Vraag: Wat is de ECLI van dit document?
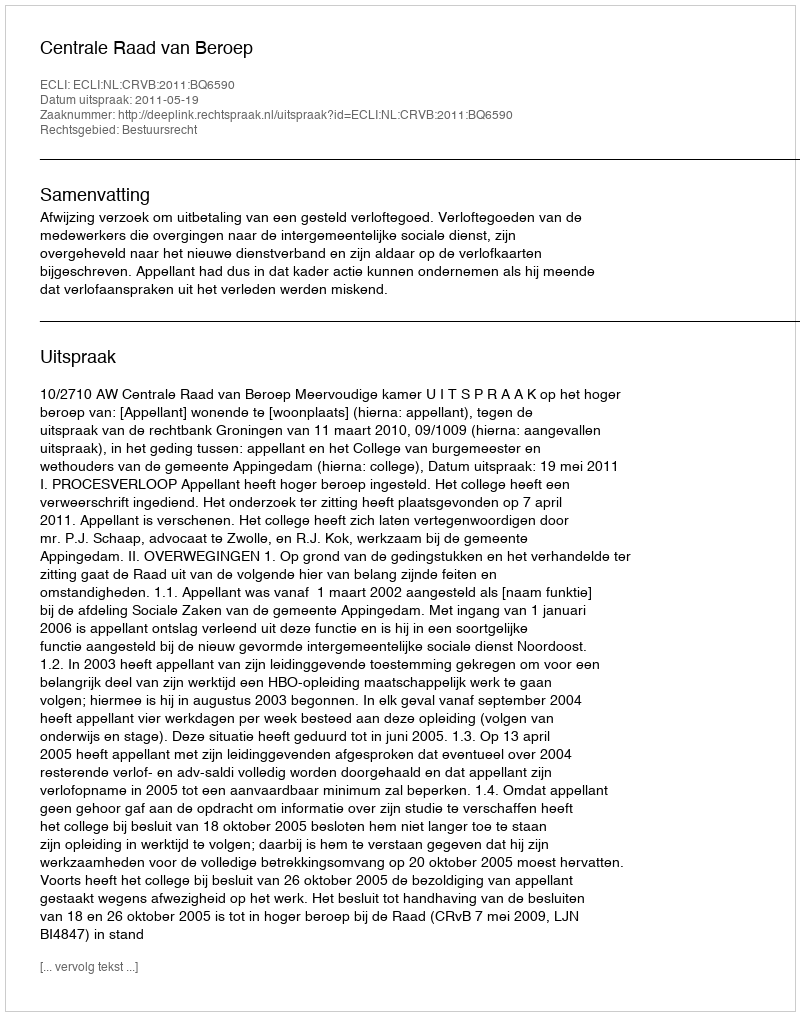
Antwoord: ECLI:NL:CRVB:2011:BQ6590